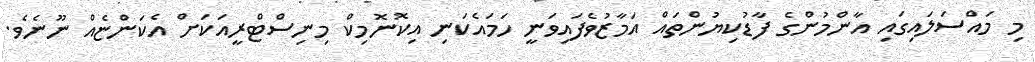
މި މައްސަލައިގައި އާންމުންގެ ފާޑުކިޔުންތައް އަމާޒުވެފައިވަނީ ހަމައެކަނި އިކޮނޮމިކް މިނިސްޓްރީއަކަށް އެކަންޏެއް ނޫނެވެ.